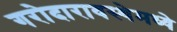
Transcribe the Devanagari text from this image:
गरोदारावस्थेमध्ये